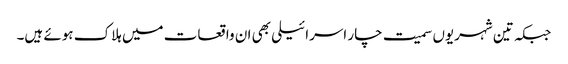
جبکہ تین شہریوں سمیت چار اسرائیلی بھی ان واقعات میں ہلاک ہوئے ہیں۔